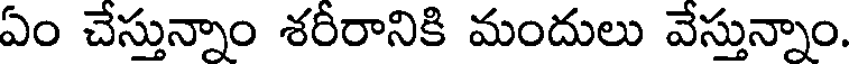
ఏం చేస్తున్నాం శరీరానికి మందులు వేస్తున్నాం.